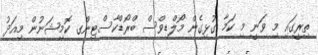
ތިރީގައި މި ވަނީ މި ކަމާ ގުޅިގެން މޯލްޑިވްސް ބްރޯޑްކާސްޓިންގ ކޮމިޝަނުން މިއަދު